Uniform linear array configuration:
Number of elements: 4
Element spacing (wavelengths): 0.75
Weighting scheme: cosine
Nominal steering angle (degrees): -30
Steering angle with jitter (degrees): -31.399
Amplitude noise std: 0.05
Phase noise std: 0.05

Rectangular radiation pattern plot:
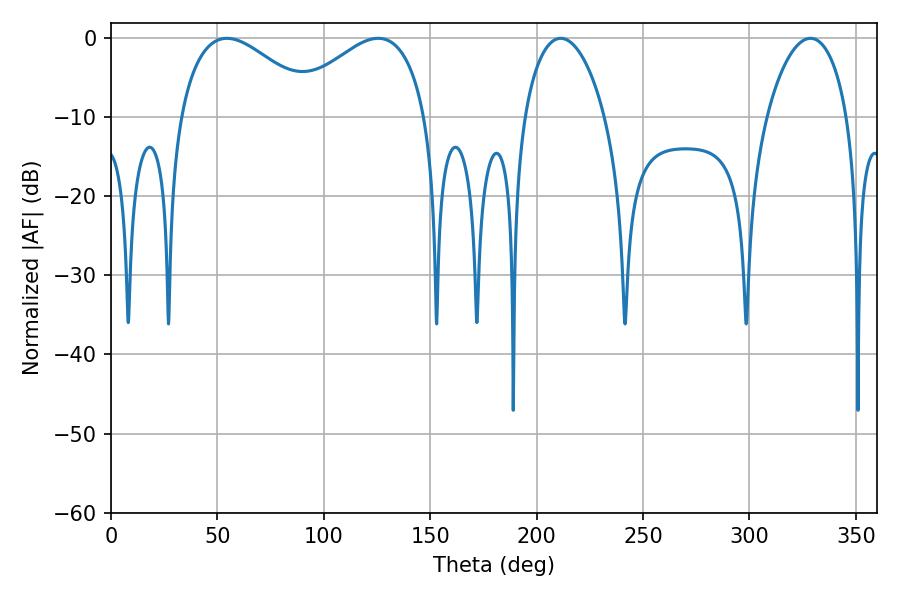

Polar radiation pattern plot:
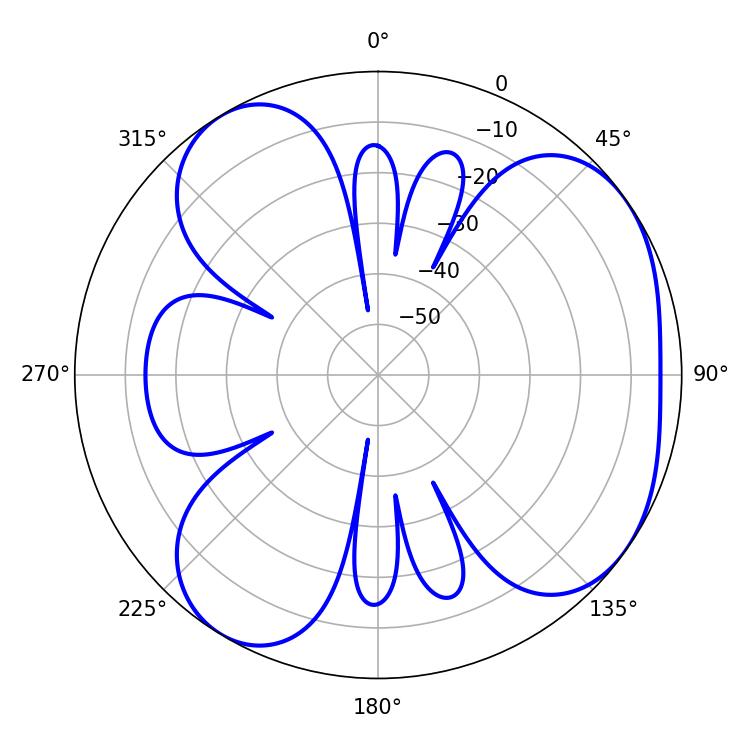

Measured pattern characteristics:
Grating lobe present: TRUE
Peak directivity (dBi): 4.952
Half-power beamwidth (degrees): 21.42
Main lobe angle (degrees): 211.32